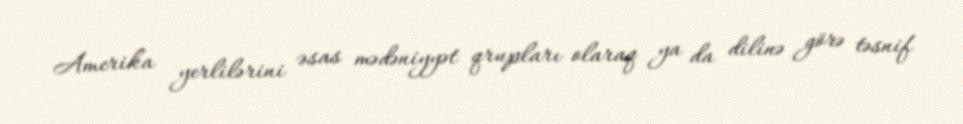
Amerika yerlilərini əsas mədəniyyət qrupları olaraq ya da dilinə görə təsnif